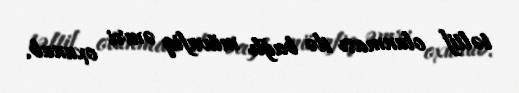
təltif olunması ilə bağlı müvafiq əmri oxunub.